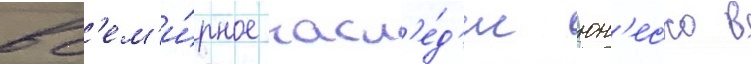
вс'ем'и́рное насл'е́д'ие юн'еско в